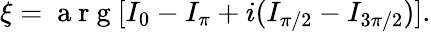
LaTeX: \xi=\mathrm{~a~r~g~}[I_{0}-I_{\pi}+i(I_{\pi/2}-I_{3\pi/2})].